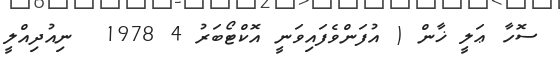
ސޮހާ ޢަލީ ޚާން ( އުފަންވެފައިވަނީ އޮކްޓޯބަރު 4 1978  ނިއުދިއްލީ